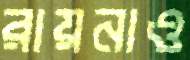
রায়নাও